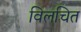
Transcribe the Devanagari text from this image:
विलचित